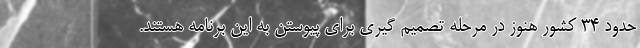
حدود ۳۴ کشور هنوز در مرحله تصمیم گیری برای پیوستن به این برنامه هستند.